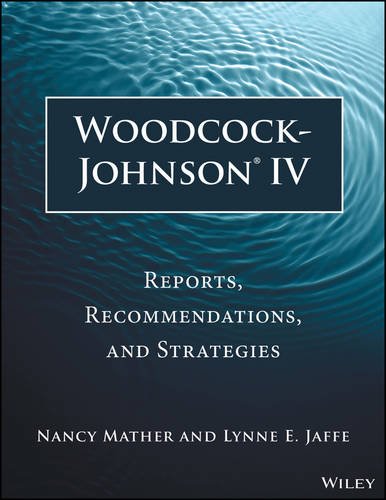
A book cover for Woodcock-Johnson IV: Reports, Recommendations, and Strategies; Nancy Mather; Medical Books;